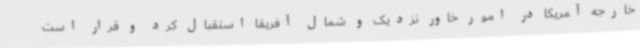
خارجه آمریکا در امور خاور نزدیک و شمال آفریقا استقبال کرد و قرار است